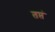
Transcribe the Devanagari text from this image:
तप्तं